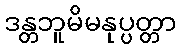
ဒန္တဘူမိမနုပ္ပတ္တာ